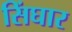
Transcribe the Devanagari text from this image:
सिंघार